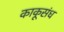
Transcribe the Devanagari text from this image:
काकूसंध